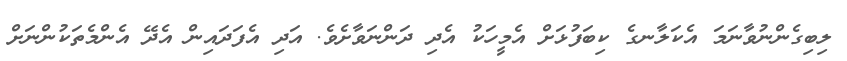
ލިބިގެންނުވާނަމަ އެކަލާނގެ ކިބަފުޅަށް އެމީހަކު އެދި ދަންނަވާށެވެ. އަދި އެފަދައިން އެދޭ އެންމެތަކުންނަށް